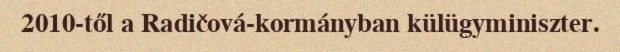
2010-től a Radičová-kormányban külügyminiszter.